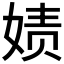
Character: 𰌇